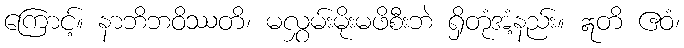
ကြောင့်။ နာဘိဘဝိဿတိ၊ မလွှမ်းမိုးမဖိစီးဘဲ ရှိတုံအံ့နည်း။ ဣတိ ဧဝံ၊